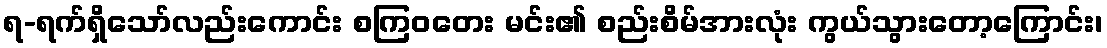
ရ-ရက်ရှိသော်လည်းကောင်း စကြဝတေး မင်း၏ စည်းစိမ်အားလုံး ကွယ်သွားတော့ကြောင်း၊